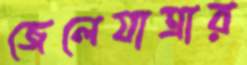
জেলেযাত্রার